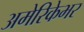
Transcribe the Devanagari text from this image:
अमेरिकेभर